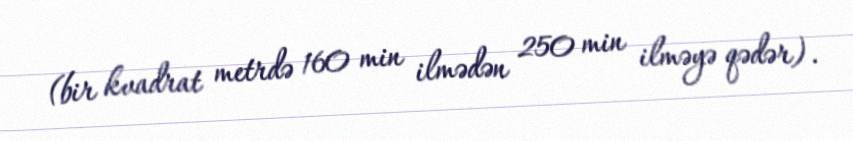
(bir kvadrat metrdə 160 min ilmədən 250 min ilməyə qədər).